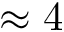
\approx 4